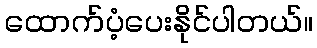
ထောက်ပံ့ပေးနိုင်ပါတယ်။